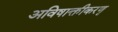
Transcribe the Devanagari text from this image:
अविषाक्तीकरणृ